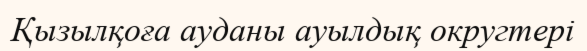
Қызылқоға ауданы ауылдық округтері